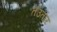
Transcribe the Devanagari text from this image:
तउतार